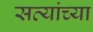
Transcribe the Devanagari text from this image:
सत्यांच्या